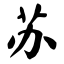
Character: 苏